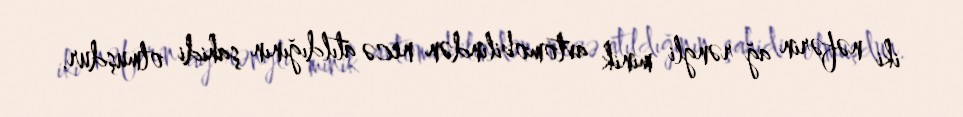
iki nəfərin ağ rəngli minik avtomobilindən necə atıldığının şahidi olmuşdur.